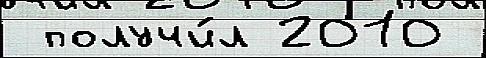
 получи́л 2010